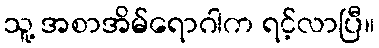
သူ့ အစာအိမ်ရောဂါက ရင့်လာပြီ။